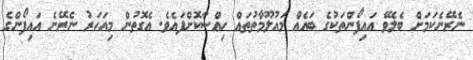
ނެރޭނެކަމަށް ބެލެވޭ އައިފޯންތަކުގެ ބައެއް މައުލޫމާތުތައް ހިއްސާކޮށްފައެވެ. އެގޮތުން މިއަހަރު ނެރޭނެ އައިފޯންގެ